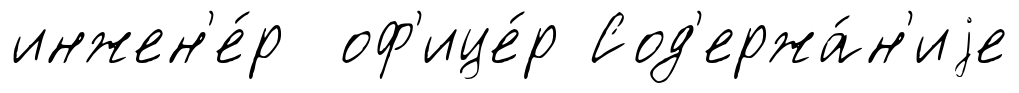
инжен'е́р оф'ице́р Сод'ержа́н'иjе